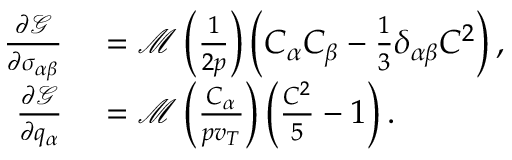
\begin{array} { r l } { \frac { \partial \mathcal { G } } { \partial \sigma _ { \alpha \beta } } } & { { } = \mathcal { M } \left( \frac { 1 } { 2 p } \right) \left( C _ { \alpha } C _ { \beta } - \frac { 1 } { 3 } \delta _ { \alpha \beta } C ^ { 2 } \right) , } \\ { \frac { \partial \mathcal { G } } { \partial q _ { \alpha } } } & { { } = \mathcal { M } \left( \frac { C _ { \alpha } } { p v _ { T } } \right) \left( \frac { C ^ { 2 } } { 5 } - 1 \right) . } \end{array}